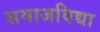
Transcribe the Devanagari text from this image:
समाजविद्या